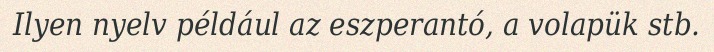
Ilyen nyelv például az eszperantó, a volapük stb.